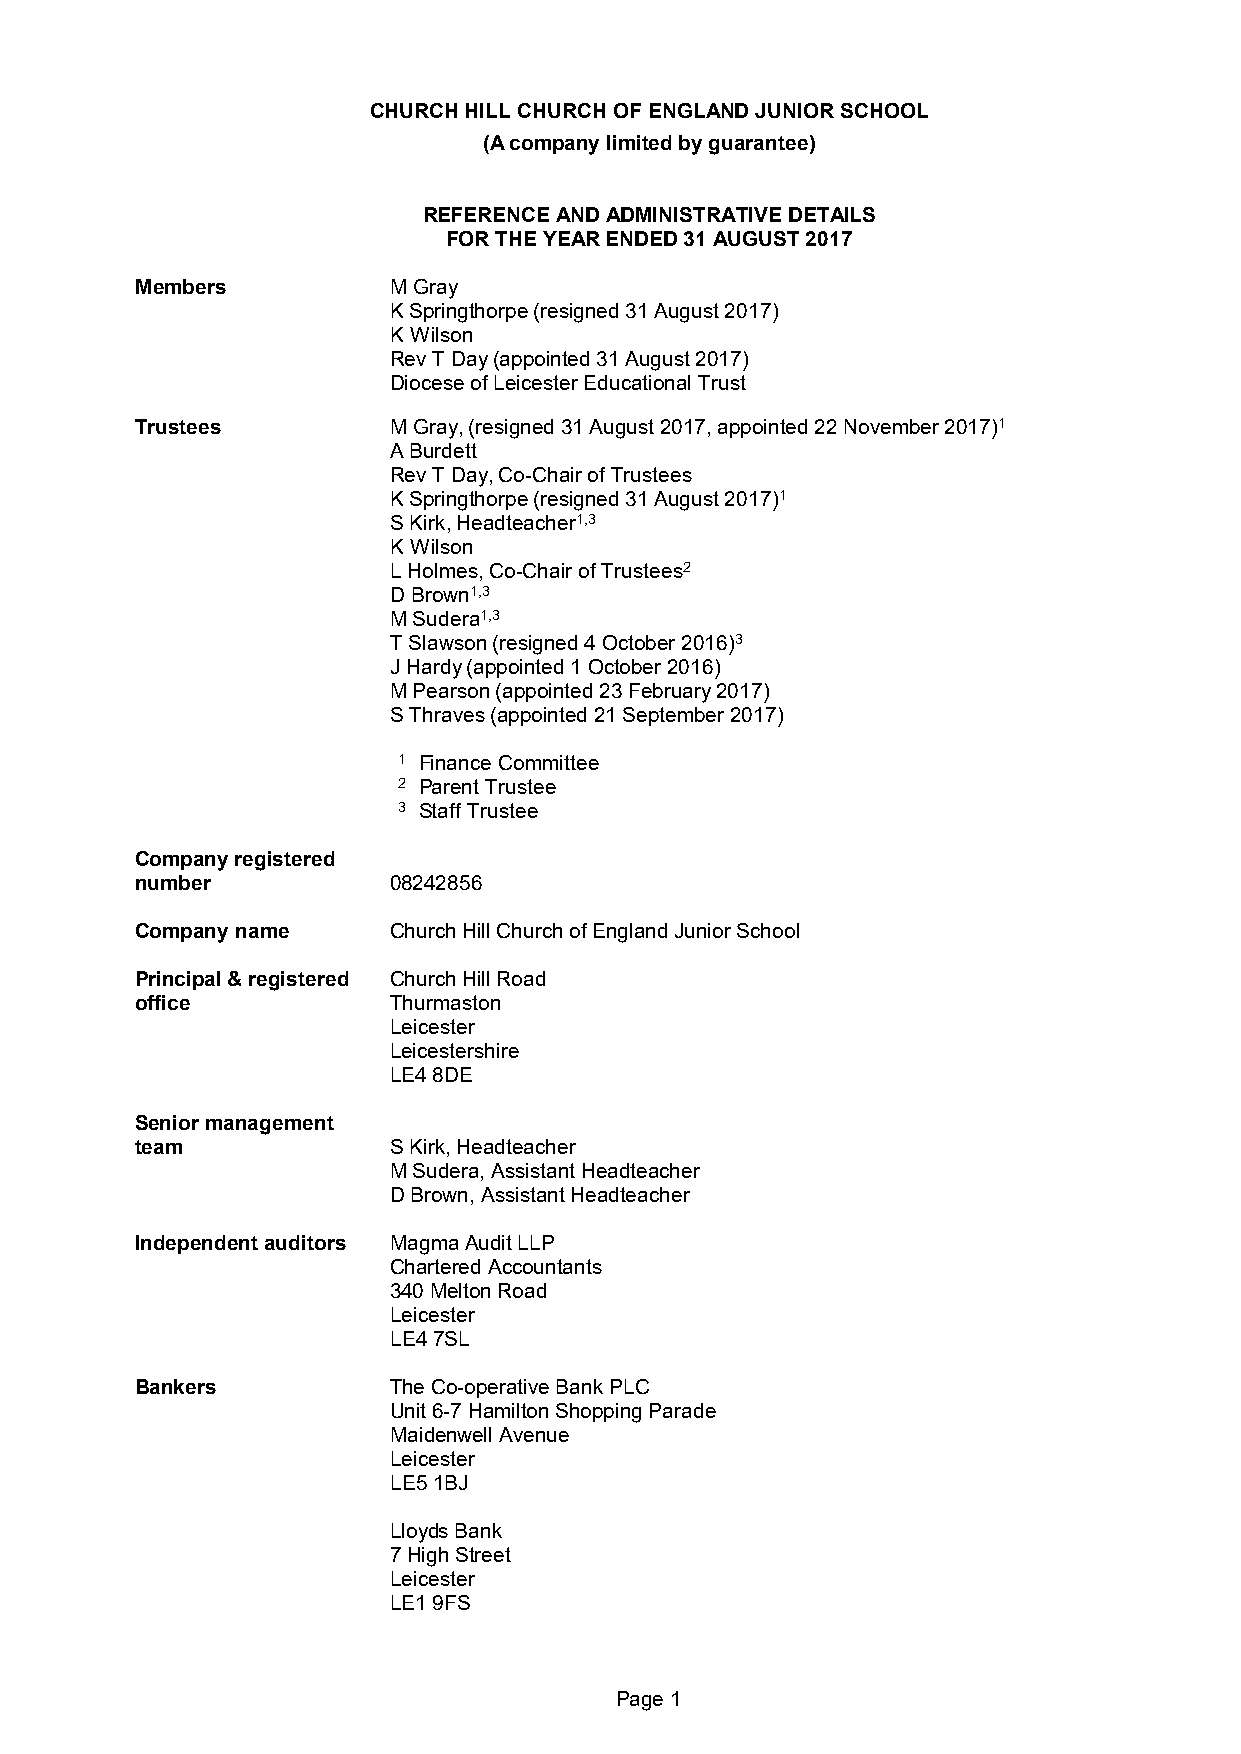
CHURCH HILL CHURCH OF ENGLAND JUNIOR SCHOOL
 (A company limited by guarantee)
 REFERENCE AND ADMINISTRATIVE DETAILS
 FOR THE YEAR ENDED 31 AUGUST 2017
 Members          M Gray
 K Springthorpe (resigned 31 August 2017)
 K Wilson
 Rev T Day (appointed 31 August 2017)
 Diocese of Leicester Educational Trust
 Trustees         M Gray, (resigned 31 August 2017, appointed 22 November 2017)1
 A Burdett
 Rev T Day, Co-Chair of Trustees
 K Springthorpe (resigned 31 August 2017)1
 S Kirk, Headteacher1,3
 K Wilson
 L Holmes, Co-Chair of Trustees2
 D Brown1,3
 M Sudera1,3
 T Slawson (resigned 4 October 2016)3
 J Hardy (appointed 1 October 2016)
 M Pearson (appointed 23 February 2017)
 S Thraves (appointed 21 September 2017)
 1 Finance Committee
 2 Parent Trustee
 3 Staff Trustee
 Company registered
 number           08242856
 Company name     Church Hill Church of England Junior School
 Principal & registered Church Hill Road
 office           Thurmaston
 Leicester
 Leicestershire
 LE4 8DE
 Senior management
 team             S Kirk, Headteacher
 M Sudera, Assistant Headteacher
 D Brown, Assistant Headteacher
 Independent auditors Magma Audit LLP
 Chartered Accountants
 340 Melton Road
 Leicester
 LE4 7SL
 Bankers          The Co-operative Bank PLC
 Unit 6-7 Hamilton Shopping Parade
 Maidenwell Avenue
 Leicester
 LE5 1BJ
 Lloyds Bank
 7 High Street
 Leicester
 LE1 9FS
 Page 1